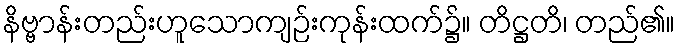
နိဗ္ဗာန်းတည်းဟူသောကျဉ်းကုန်းထက်၌။ တိဋ္ဌတိ၊ တည်၏။